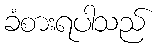
ခံစားရပါသည်